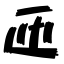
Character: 匝